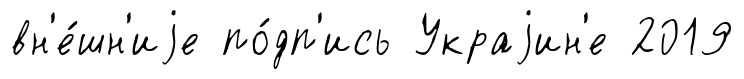
вн'е́шн'иjе по́дп'ись Украjин'е 2019